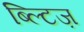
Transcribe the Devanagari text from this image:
ब्ल्टिज़